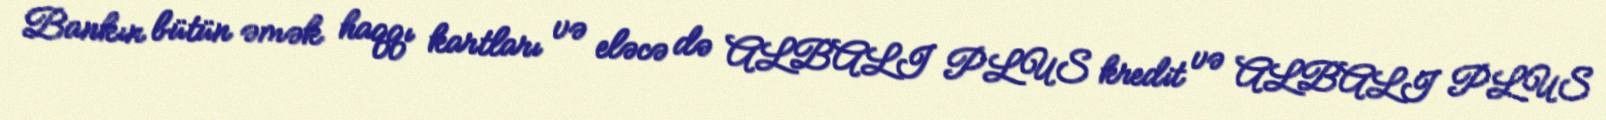
Bankın bütün əmək haqqı kartları və eləcə də ALBALI PLUS kredit və ALBALI PLUS